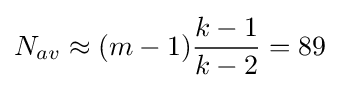
N_{av}\approx (m-1){\frac {k-1}{k-2}}=89